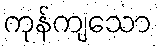
ကုန်ကျသော